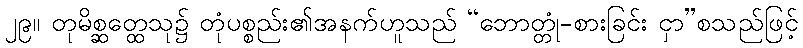
၂၉။ တုမိစ္ဆတ္ထေသု၌ တုံပစ္စည်း၏အနက်ဟူသည် “ဘောတ္တုံ-စားခြင်း ငှာ”စသည်ဖြင့်